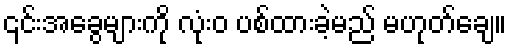
၎င်းအခွေများကို လုံးဝ ပစ်ထားခဲ့မည် မဟုတ်ချေ။